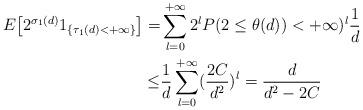
LaTeX: \begin{align*}E\big[2^{\sigma_1(d)}1_{\{\tau_1(d)<+\infty\}}\big]=&\sum_{l=0}^{+\infty}2^lP(2\leq \theta(d))<+\infty)^l\frac{1}{d}\\\leq&\frac{1}{d}\sum_{l=0}^{+\infty}(\frac{2C}{d^2})^l=\frac{d}{d^2-2C}\end{align*}